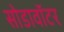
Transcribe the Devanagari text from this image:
सोडावॉटर